Indian journal of veterinary science and animal husbandry - Volume 6,
Year: 1936
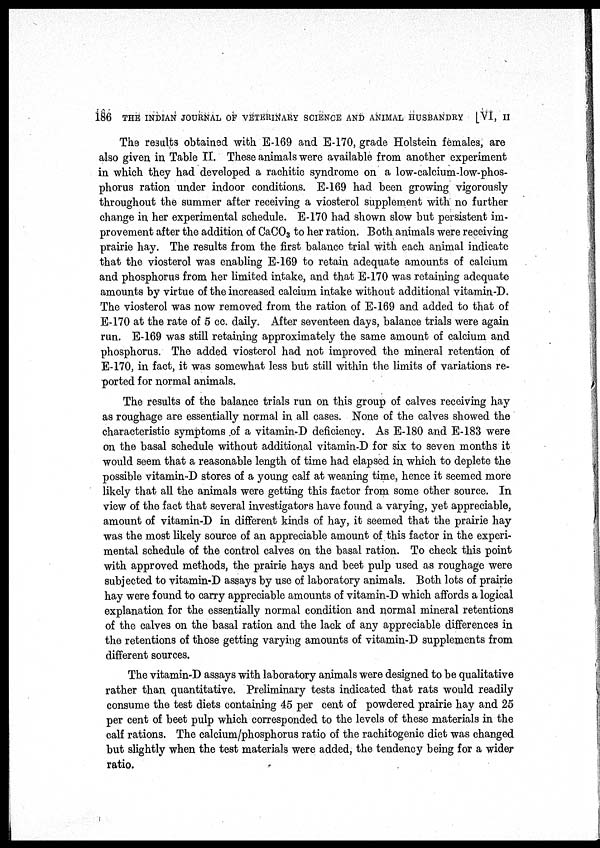
186 THE INDIAN JOURNAL OF VETERINARY SCIENCE AND ANIMAL HUSBANDRY [VI, II
The results obtained with E-169 and E-170, grade Holstein females, are
also given in Table II. These animals were available from another experiment
in which they had developed a rachitic syndrome on a low-calcium-low-phos-
phorus ration under indoor conditions. E-169 had been growing vigorously
throughout the summer after receiving a viosterol supplement with no further
change in her experimental schedule. E-170 had shown slow but persistent im-
provement after the addition of CaCO 3 to her ration. Both animals were receiving
prairie hay. The results from the first balance trial with each animal indicate
that the viosterol was enabling E-169 to retain adequate amounts of calcium
and phosphorus from her limited intake, and that E-170 was retaining adequate
amounts by virtue of the increased calcium intake without additional vitamin-D.
The viosterol was now removed from the ration of E-169 and added to that of
E-170 at the rate of 5 cc. daily. After seventeen days, balance trials were again
run. E-169 was still retaining approximately the same amount of calcium and
phosphorus. The added viosterol had not improved the mineral retention of
E-170, in fact, it was somewhat less but still within the limits of variations re-
ported for normal animals.
The results of the balance trials run on this group of calves receiving hay
as roughage are essentially normal in all cases. None of the calves showed the
characteristic symptoms of a vitamin-D deficiency. As E-180 and E-183 were
on the basal schedule without additional vitamin-D for six to seven months it
would seem that a reasonable length of time had elapsed in which to deplete the
possible vitamin-D stores of a young calf at weaning time, hence it seemed more
likely that all the animals were getting this factor from some other source. In
view of the fact that several investigators have found a varying, yet appreciable,
amount of vitamin-D in different kinds of hay, it seemed that the prairie hay
was the most likely source of an appreciable amount of this factor in the experi-
mental schedule of the control calves on the basal ration. To check this point
with approved methods, the prairie hays and beet pulp used as roughage were
subjected to vitamin-D assays by use of laboratory animals. Both lots of prairie
hay were found to carry appreciable amounts of vitamin-D which affords a logical
explanation for the essentially normal condition and normal mineral retentions
of the calves on the basal ration and the lack of any appreciable differences in
the retentions of those getting varying amounts of vitamin-D supplements from
different sources.
The vitamin-D assays with laboratory animals were designed to be qualitative
rather than quantitative. Preliminary tests indicated that rats would readily
consume the test diets containing 45 per cent of powdered prairie hay and 25
per cent of beet pulp which corresponded to the levels of these materials in the
calf rations. The calcium/phosphorus ratio of the rachitogenic diet was changed
but slightly when the test materials were added, the tendency being for a wider
ratio.